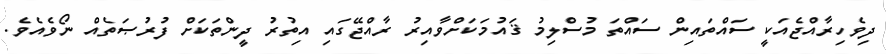
ދިވެހިރާއްޖެއަކީ ސައްތައިން ސައްތަ މުސްލިމު ޤައުމަކަށްވާއިރު ރާއްޖޭގައި އިތުރު ދީންތަކަށް ފުރުޞަތެއް ނޯވެއެވެ.